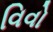
વિવો